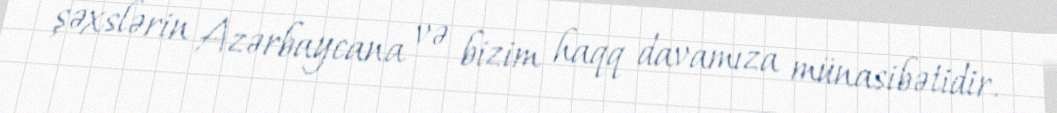
şəxslərin Azərbaycana və bizim haqq davamıza münasibətidir.